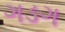
ગડગ